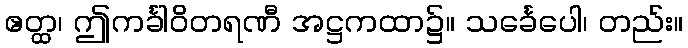
ဧတ္ထ၊ ဤကင်္ခါဝိတရဏီ အဋ္ဌကထာ၌။ သင်္ခေပေါ၊ တည်း။